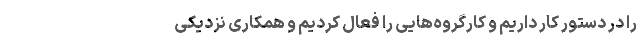
را در دستور کار داریم و کارگروه‌هایی را فعال کردیم و همکاری نزدیکی